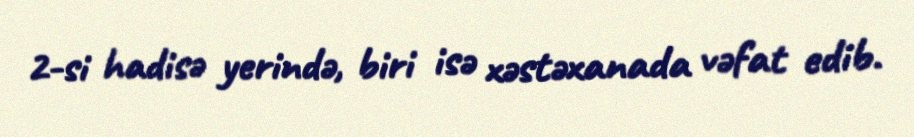
2-si hadisə yerində, biri isə xəstəxanada vəfat edib.